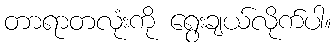
တာရာတလုံးကို ရွေးချယ်လိုက်ပါ။